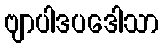
ဗျာပါဒပဒေါသာ